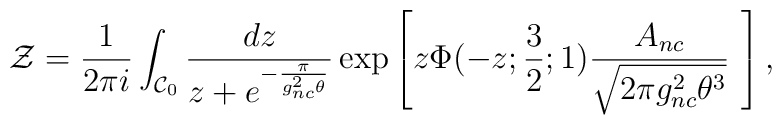
{\cal Z}=\frac{1}{2\pi i}\int_{{\cal C}_0}\frac{dz}{z+e^{-\frac{\pi}{g^2_{nc}\theta}}}\exp\left[z\Phi(-z;\frac{3}{2};1)\frac{A_{nc}}{\sqrt{2\pi g_{nc}^2\theta^3}}\,\,\right],